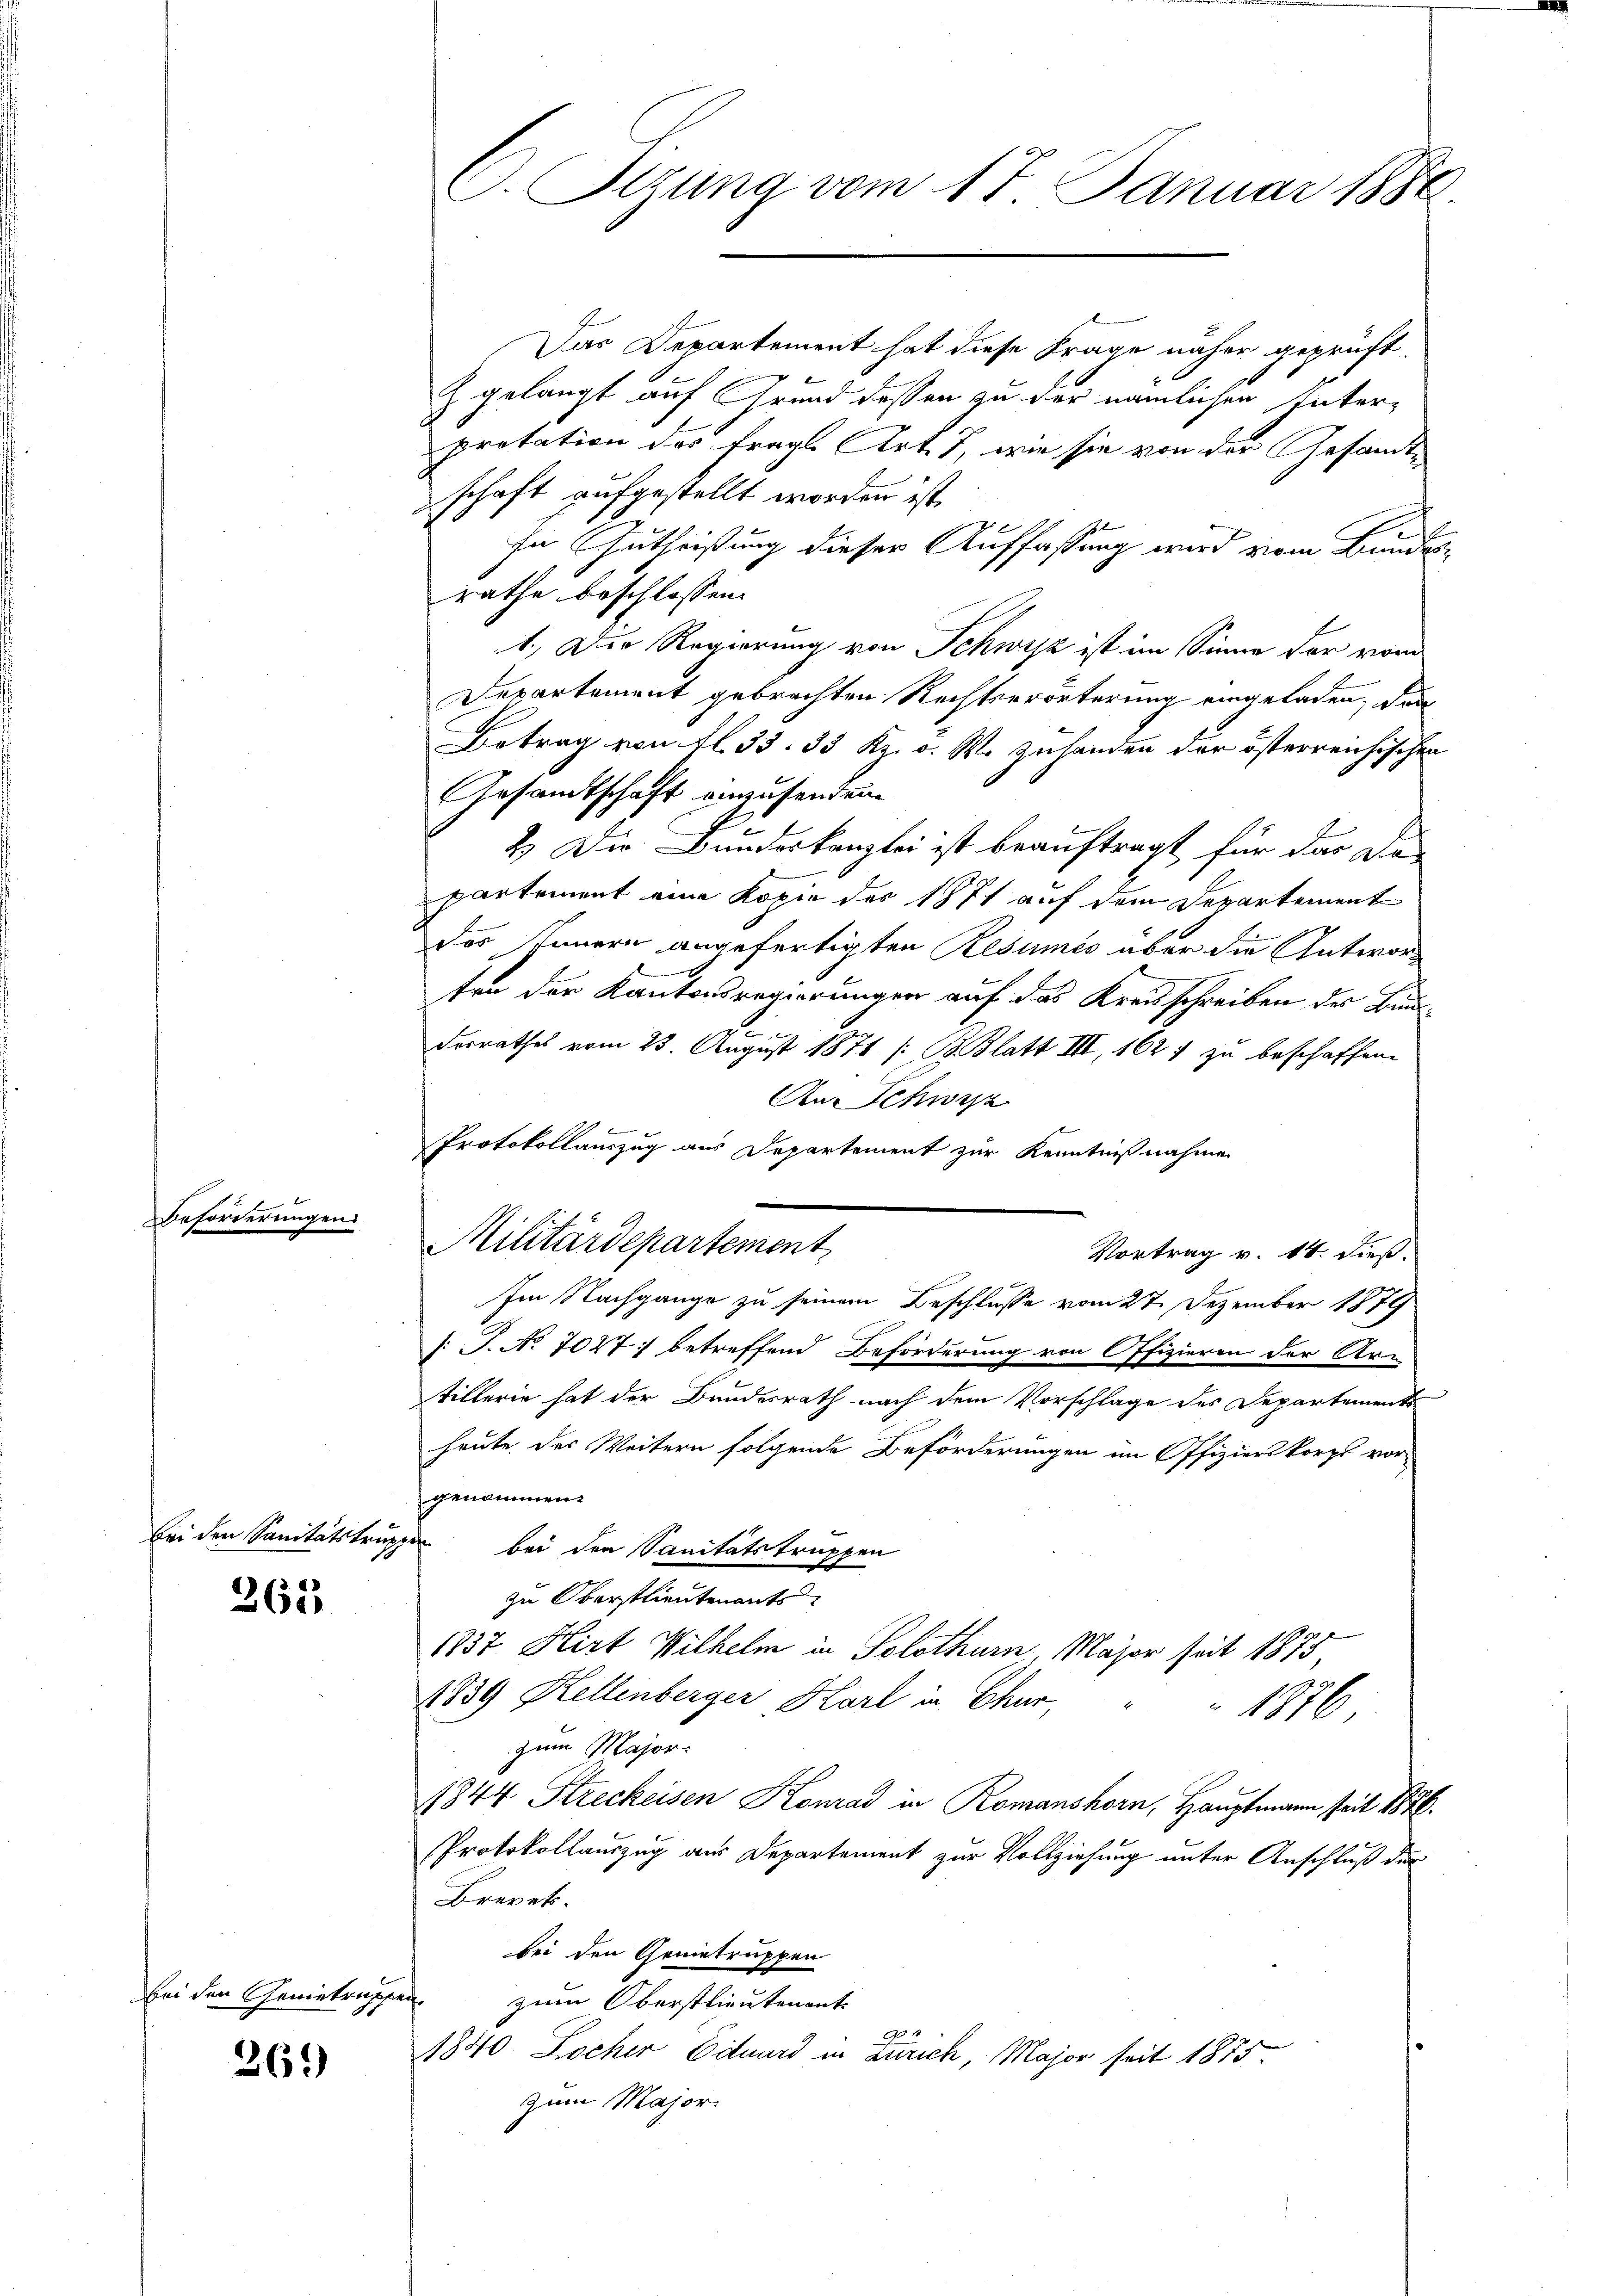
Beförderungen

265

Bei den Genietragen.

26.)

C. Sizung vom 17. Januar 1880.

Das Departement hat diese Frage näher geprüft.

Z. gelangt auf Grund dessen zu der nämlichen Interpretation des fragl. Art. 7, wie sie von der Gesandtschaft aufgestellt worden ist,
sn Gutheißung dieser Auffassung wird vom Bundesrathe beschlossen:
1.) Der Regierung von Schwyz ist im Sinne der vom
Departement gebrachten Rechtserörterung eingeladen, den
Betrag von fl. 33. 33 Rp. v. W. zuhanden der österreichischen
Gesandtschaft anzusenden.
2.) Die Bunderkanzlei ist beauftragt für das Da-
partement eine Kopie des 1871 auf dem Departement
des Innern angefertigten Resumés aber die Antwor¬
.
ten der Kantonsregierungen auf das Kreisschreiben des Bundesrathes vom 23. August 1871 /: B. Blatt III, 1627 zu beschaffen.
An Schwyz
Vortrag v. 14. dieß.
Im Nachgange zu seinem Beschlüsse vom 27. Dezember 1879
C
/: J. No 7027 betreffend Beförderung von Offizieren der Ar-
tillerin hat der Bundesrath nach dem Vorschlage des Departement
heute der Weitern folgende Beförderungen im Offizierskorps vor-
genommen.
Bei den Sanitätstruppen bei den Sanitätstruppen
zu Oberstlieutenants
1837 Hirt Wilhelm in Solothurn, Major seit 1875,
1839 Kellenberger Karl in Chur,
1876
zum Major.
1844 Streckeisen Konrad in Romanshorn, Hauptmann seit 1876.
Protokollauszug aus Departement zur Vollziehung unter Anschluß der
Brevet.
bei den Genietruppen
zum Oberstlieutenant.
1840. Locher Eduard in Zürich, Major seit 1875
Zum Major.

Protokollauszug aus Departement zur Kenntnißnahmen
Militärdepartement